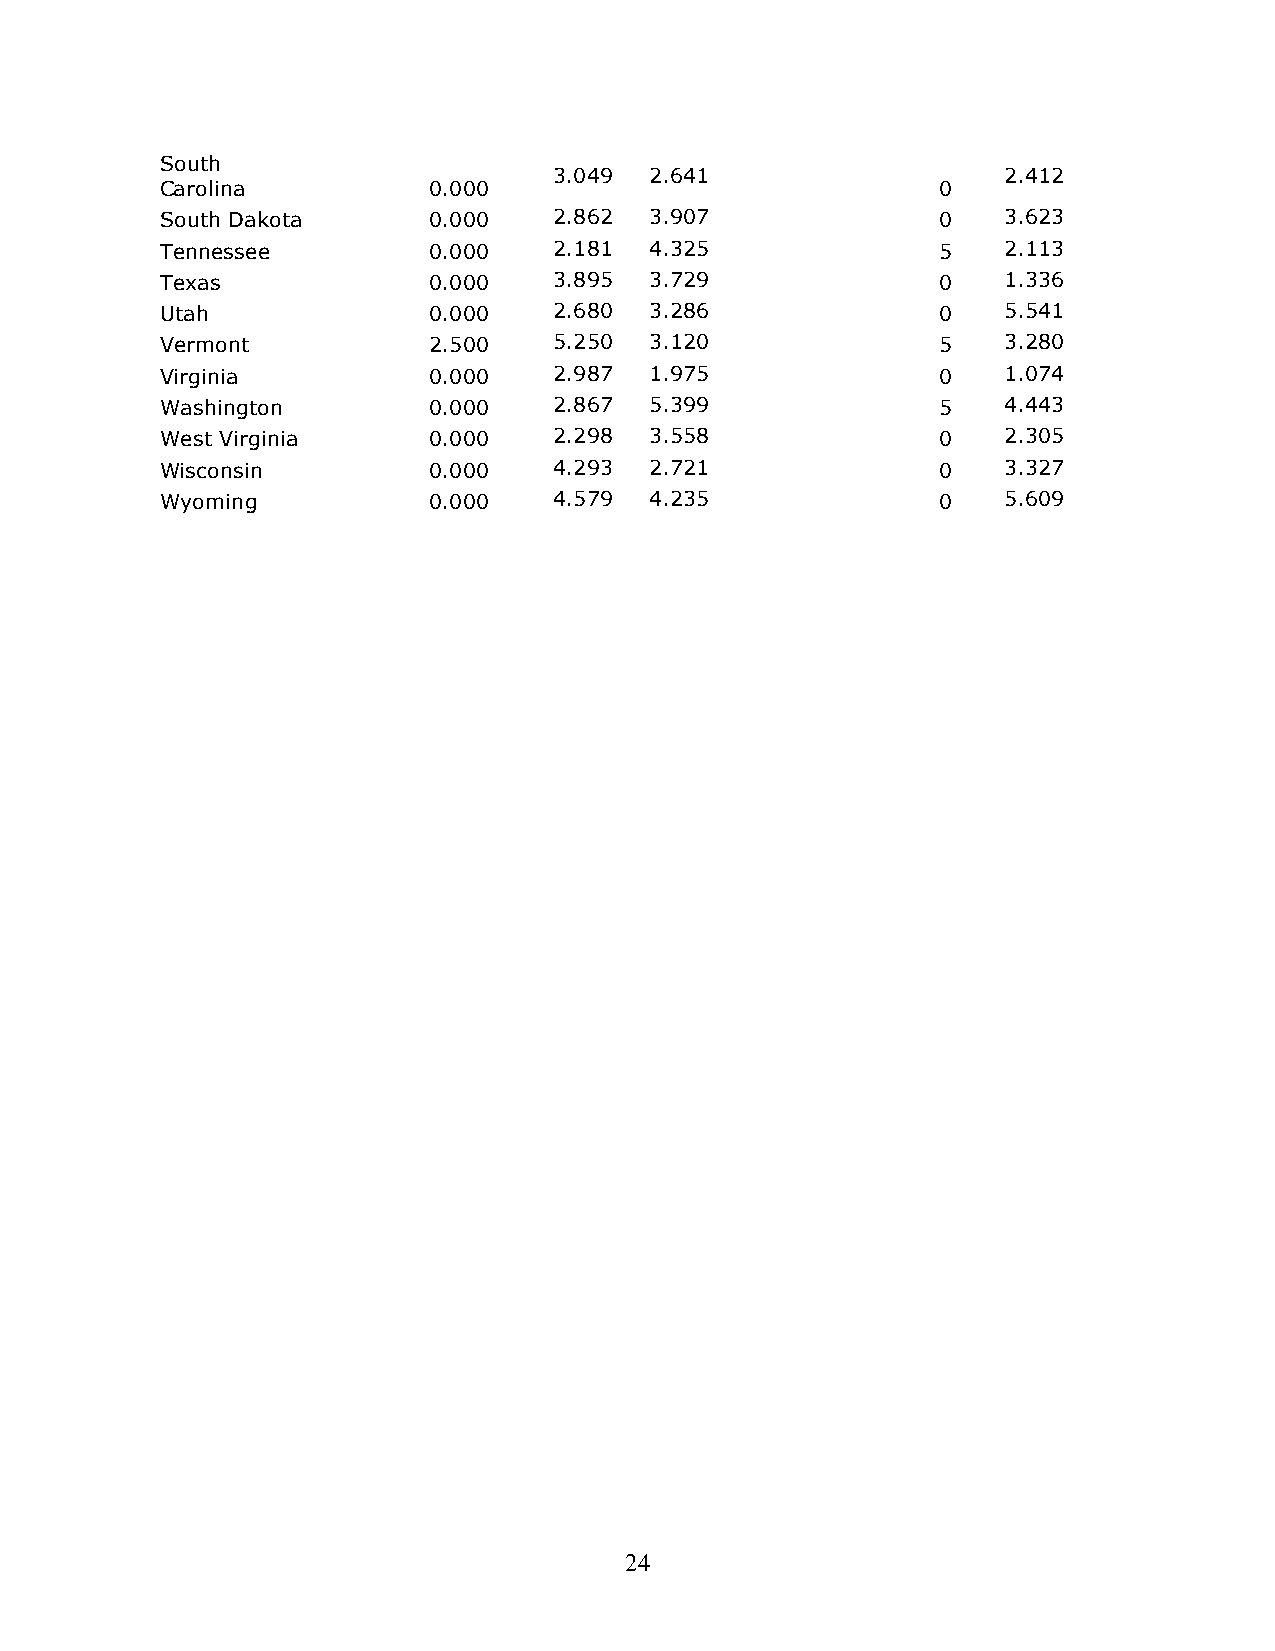
South
 3.049 2.641                  2.412
 Carolina         0.000                             0
 South Dakota     0.000    2.862 3.907              0   3.623
 Tennessee        0.000    2.181 4.325              5   2.113
 Texas            0.000    3.895 3.729              0   1.336
 Utah             0.000    2.680 3.286              0   5.541
 Vermont          2.500    5.250 3.120              5   3.280
 Virginia         0.000    2.987 1.975              0   1.074
 Washington       0.000    2.867 5.399              5   4.443
 West Virginia    0.000    2.298 3.558              0   2.305
 Wisconsin        0.000    4.293 2.721              0   3.327
 Wyoming          0.000    4.579 4.235              0   5.609
 24